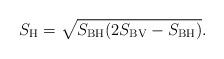
LaTeX: \begin{align*}S_{\rm H}=\sqrt{S_{\rm BH}(2S_{\rm BV}-S_{\rm BH})}.\end{align*}